Malaria in the Andamans - Number 56
Disease focus: Malaria
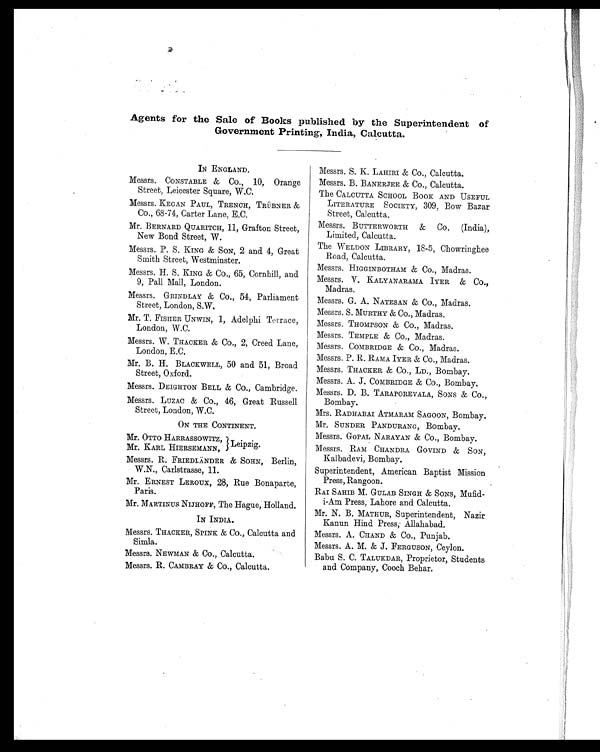
Agents for the Sale of Books published by the Superintendent of
Government Printing, India, Calcutta.
IN ENGLAND.
Messrs. CONSTABLE & Co., 10, Orange
Street, Leicester Square, W.C.
Messrs. KEGAN PAUL, TRENCH, TRÜBNER &
Co., 68-74, Carter Lane, E.C.
Mr. BERNARD QUARITCH, 11, Grafton Street,
New Bond Street, W.
Messrs. P. S. KING & SON, 2 and 4, Great
Smith Street, Westminster.
Messrs. H. S. KING & Co., 65, Cornhill, and
9, Pall Mall, London.
Messrs. GRINDLAY & Co., 54, Parliament
Street, London, S.W.
Mr. T. FISHER UNWIN, 1, Adelphi Terrace,
London, W.C.
Messrs. W. THACKER & Co., 2, Creed Lane,
London, E.C.
Mr. B. H. BLACKWELL, 50 and 51, Broad
Street, Oxford.
Messrs. DEIGHTON BELL & CO., Cambridge.
Messrs. LUZAC & Co., 46, Great Russell
Street, London, W.C.
ON THE CONTINENT.
Mr. OTTO HARRASSOWITZ,
Mr. KARL HIERSEMANN,
Leipzig.
Messrs. R. FRIEDLÄNDER & SOHN, Berlin,
W.N., Carlstrasse, 11.
Mr. ERNEST LEROUX, 28, Rue Bonaparte,
Paris.
Mr. MARTINUS NIJHOFF, The Hague, Holland.
IN INDIA.
Messrs. TRACKER, SPINK & Co., Calcutta and
Simla.
Messrs. NEWMAN & Co., Calcutta.
Messrs. R. CAMBRAY & CO., Calcutta.
Messrs. S. K. LAHIRI & CO., Calcutta.
Messrs. B. BANERJEE & CO., Calcutta.
The CALCUTTA SCHOOL BOOK AND USEFUL
LITERATURE SOCIETY, 309, Bow Bazar
Street, Calcutta.
Messrs. BUTTERWORTH & Co. (India),
Limited, Calcutta.
The WELDON LIBRARY, 18-5, Chowringhee
Road, Calcutta.
Messrs. HIGGINBOTHAM & CO., Madras.
Messrs. V. KALYANARAMA IYER & CO.,
Madras.
Messrs. G. A. NATESAN & Co., Madras.
Messrs. S. MURTHY & Co., Madras.
Messrs. THOMPSON & Co., Madras.
Messrs. TEMPLE & Co., Madras.
Messrs. COMBRIDGE & Co., Madras.
Messrs. P. R. RAMA IYER & CO., Madras.
Messrs. THACKER & Co., LD., Bombay.
Messrs. A. J. COMBRIDGE & Co., Bombay.
Messrs. D. B. TARAPOREVALA, SONS & Co.,
Bombay.
Mrs. RADHABAI ATMARAM SAGOON, Bombay.
Mr. SUNDER PANDURANG, Bombay.
Messrs. GOPAL NARAYAN & Co., Bombay.
Messrs. RAM CHANDRA GOVIND & SON,
Kalbadevi, Bombay.
Superintendent, American Baptist Mission
Press, Rangoon.
RAI SAHIB M. GULAB SINGH & SONS, Mufid-
i-Am Press, Lahore and Calcutta.
Mr. N. B. MATHUR, Superintendent, Nazir
Kanun Hind Press, Allahabad.
Messrs. A. CHAND & Co., Punjab.
Messrs. A. M. & J. FERGUSON, Ceylon.
Babu S. C. TALUKDAR, Proprietor, Students
and Company, Cooch Behar.